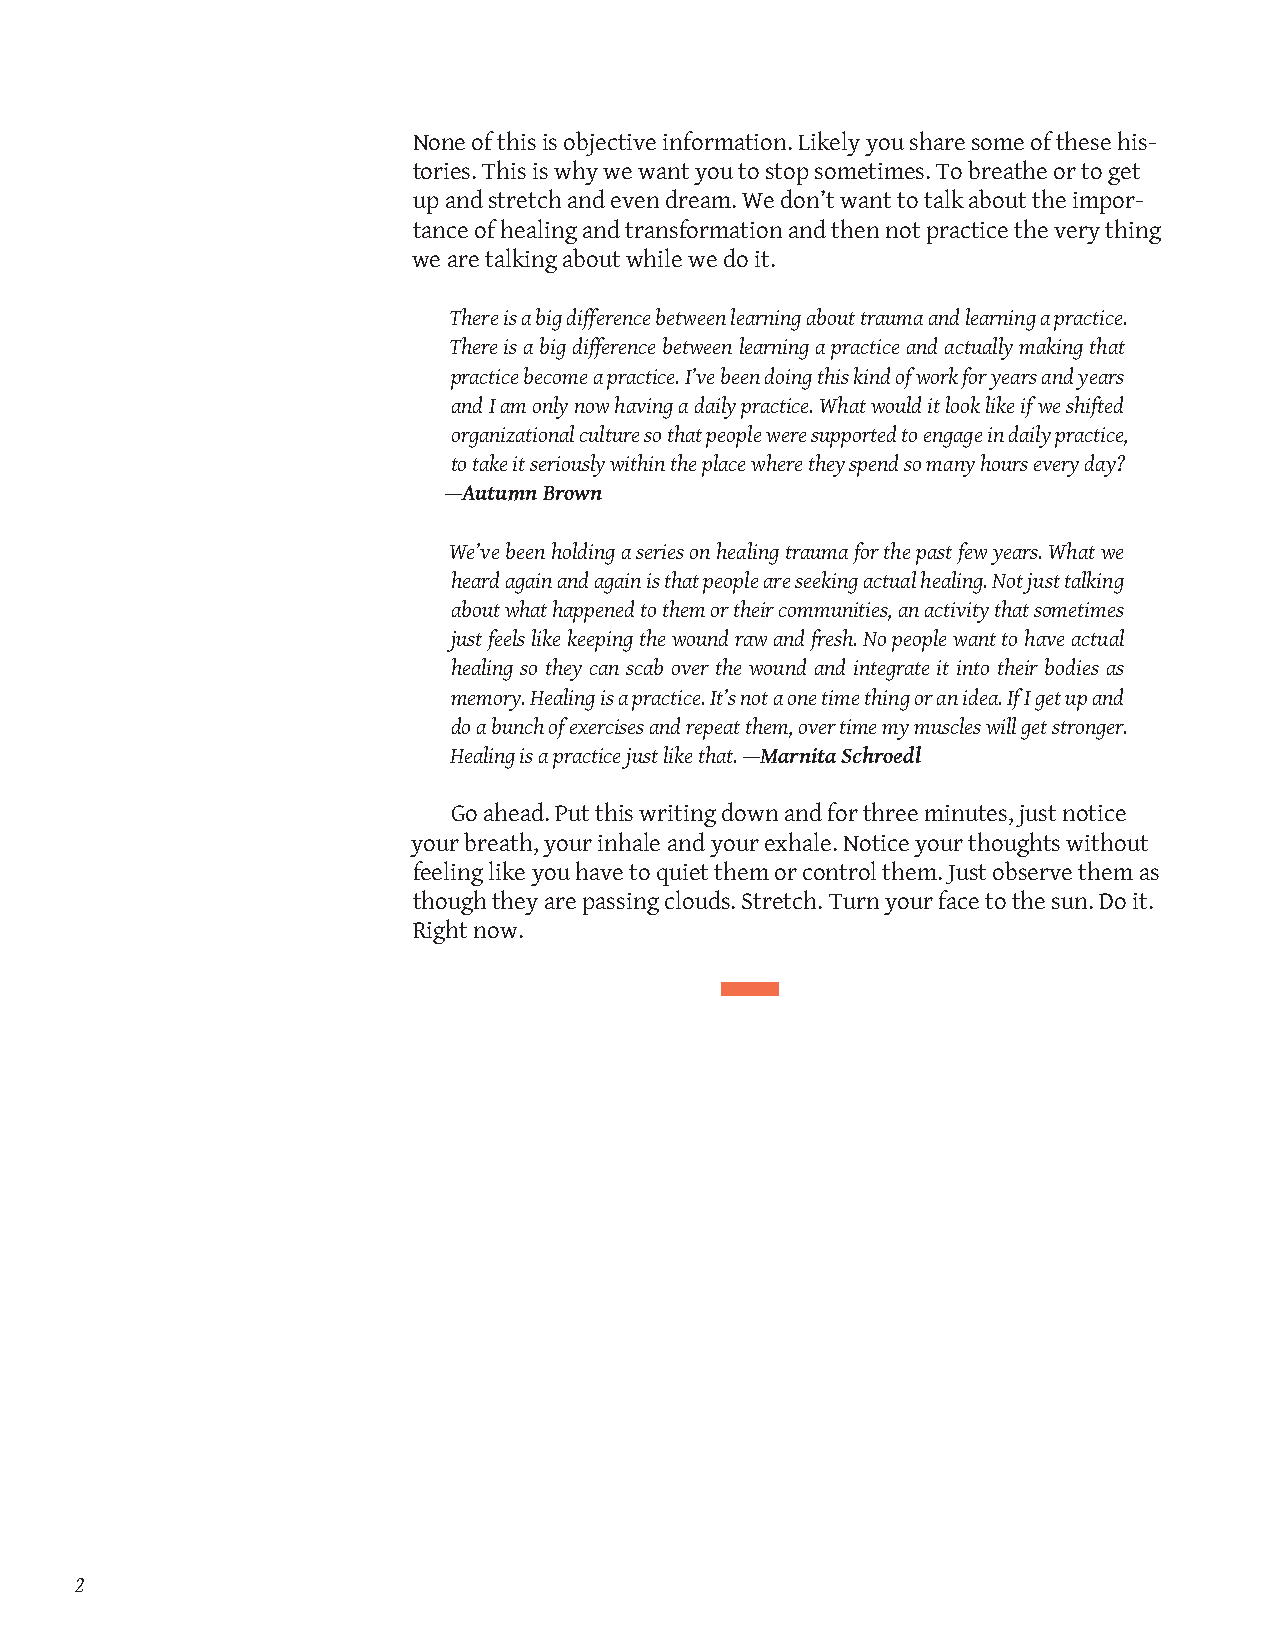
None of this is objective information. Likely you share some of these his-
 tories. This is why we want you to stop sometimes. To breathe or to get
 up and stretch and even dream. We don’t want to talk about the impor-
 tance of healing and transformation and then not practice the very thing
 we are talking about while we do it.
 There is a big difference between learning about trauma and learning a practice.
 There is a big difference between learning a practice and actually making that
 practice become a practice. I’ve been doing this kind of work for years and years
 and I am only now having a daily practice. What would it look like if we shifted
 organizational culture so that people were supported to engage in daily practice,
 to take it seriously within the place where they spend so many hours every day?
 —Autumn Brown
 We’ve been holding a series on healing trauma for the past few years. What we
 heard again and again is that people are seeking actual healing. Not just talking
 about what happened to them or their communities, an activity that sometimes
 just feels like keeping the wound raw and fresh. No people want to have actual
 healing so they can scab over the wound and integrate it into their bodies as
 memory. Healing is a practice. It’s not a one time thing or an idea. If I get up and
 do a bunch of exercises and repeat them, over time my muscles will get stronger.
 Healing is a practice just like that. —Marnita Schroedl
 Go ahead. Put this writing down and for three minutes, just notice
 your breath, your inhale and your exhale. Notice your thoughts without
 feeling like you have to quiet them or control them. Just observe them as
 though they are passing clouds. Stretch. Turn your face to the sun. Do it.
 Right now.
 2